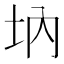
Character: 㘨